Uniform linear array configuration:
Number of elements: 8
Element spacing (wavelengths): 1
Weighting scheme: cosine
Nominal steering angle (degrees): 15
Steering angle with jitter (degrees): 15.922
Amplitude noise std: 0.05
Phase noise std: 0.05

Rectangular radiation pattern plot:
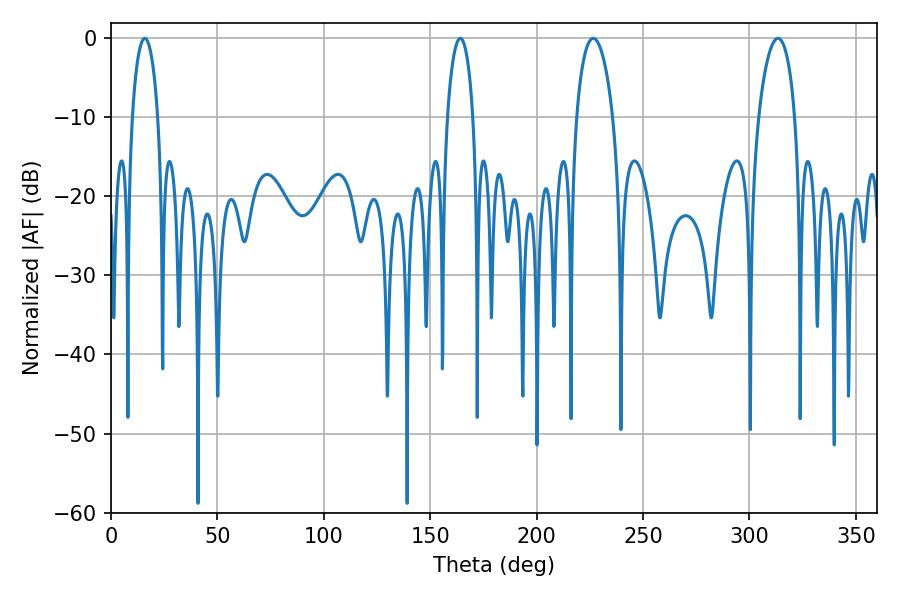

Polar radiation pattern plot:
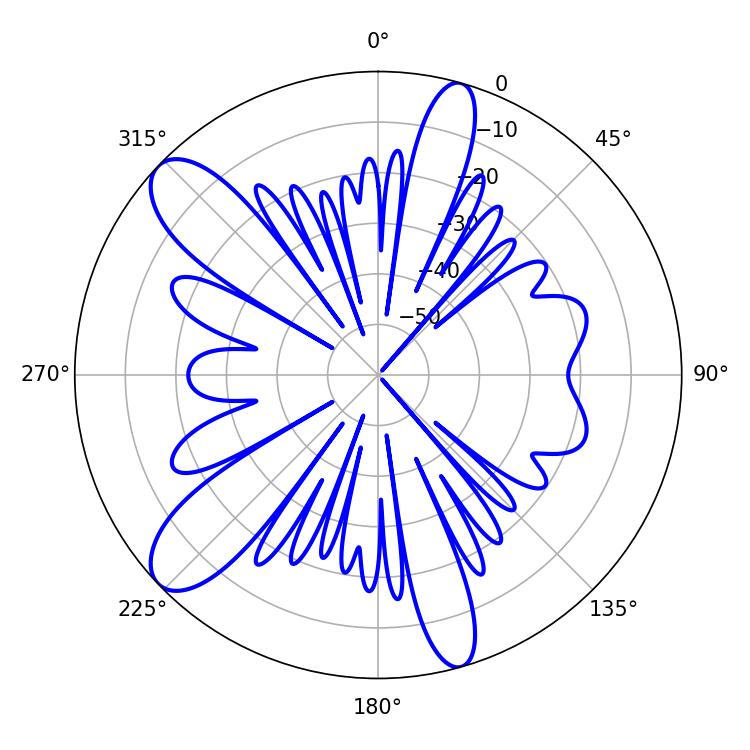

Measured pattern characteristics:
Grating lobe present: TRUE
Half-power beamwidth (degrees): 9.72
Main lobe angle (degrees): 313.38